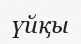
үйқы